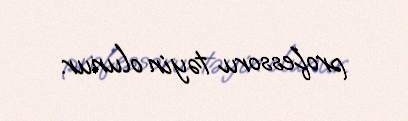
professoru təyin olunur.